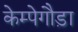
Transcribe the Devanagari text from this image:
केम्पेगौड़ा